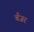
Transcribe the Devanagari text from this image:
बँजर